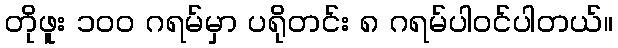
တိုဖူး ၁ဝဝ ဂရမ်မှာ ပရိုတင်း ၈ ဂရမ်ပါဝင်ပါတယ်။